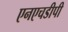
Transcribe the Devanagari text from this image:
एनएचडीपी